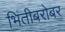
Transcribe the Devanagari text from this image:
भिंतीबरोबर